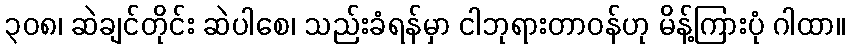
၃၀၈၊ ဆဲချင်တိုင်း ဆဲပါစေ၊ သည်းခံရန်မှာ ငါဘုရားတာဝန်ဟု မိန့်ကြားပုံ ဂါထာ။